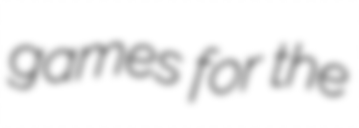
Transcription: games for the